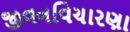
જીવનવિચારણા